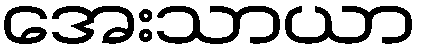
အေးသာယာ